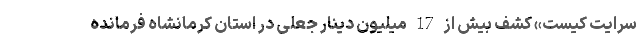
سرایت کیست» کشف بیش از 17 میلیون دینار جعلی در استان کرمانشاه فرمانده